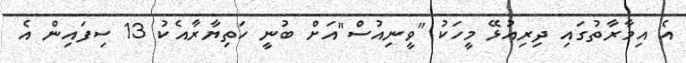
އެ އިމާރާތުގައި ދިރިއުޅޭ މީހަކު "ވީނިއުސް"އަށް ބުނީ ހަތިޔާރާއެކު 13 ސިފައިން އެ